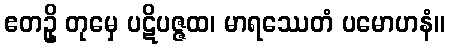
ဧတဥှိ တုမှေ ပဋိပဇ္ဇထ၊ မာရဿေတံ ပမောဟနံ။